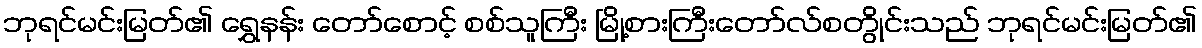
ဘုရင်မင်းမြတ်၏ ရွှေနန်း တော်စောင့် စစ်သူကြီး မြို့စားကြီးတော်လ်စတွိုင်းသည် ဘုရင်မင်းမြတ်၏